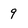
Character: 9